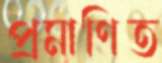
প্রমাণিত